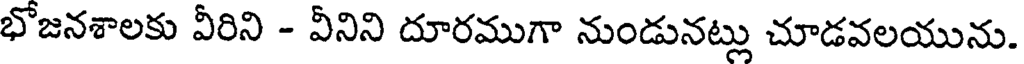
భోజనశాలకు వీరిని - వీనిని దూరముగా నుండునట్లు చూడవలయును.